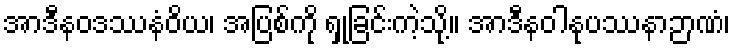
အာဒီနဝဒဿနံဝိယ၊ အပြစ်ကို ရှုခြင်းကဲ့သို့။ အာဒီနဝါနုပဿနာဉာဏံ၊